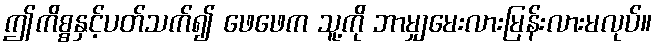
ဤကိစ္စနှင့်ပတ်သက်၍ ဖေဖေက သူ့ကို ဘာမျှမေးလားမြန်းလားမလုပ်။